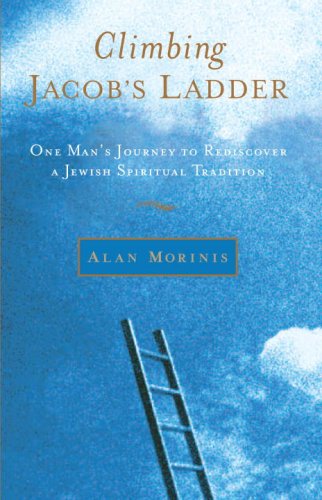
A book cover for Climbing Jacob's Ladder: One Man's Journey to Rediscover a Jewish Spiritual Tradition; Alan Morinis; Religion & Spirituality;